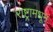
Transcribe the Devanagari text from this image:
राष्ट्रामधून